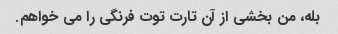
بله، من بخشی از آن تارت توت فرنگی را می خواهم.